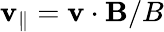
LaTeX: \mathbf{v}_{\parallel}=\mathbf{{\mathbf{v}}}\cdot\mathbf{{B}}/B